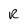
Character: R